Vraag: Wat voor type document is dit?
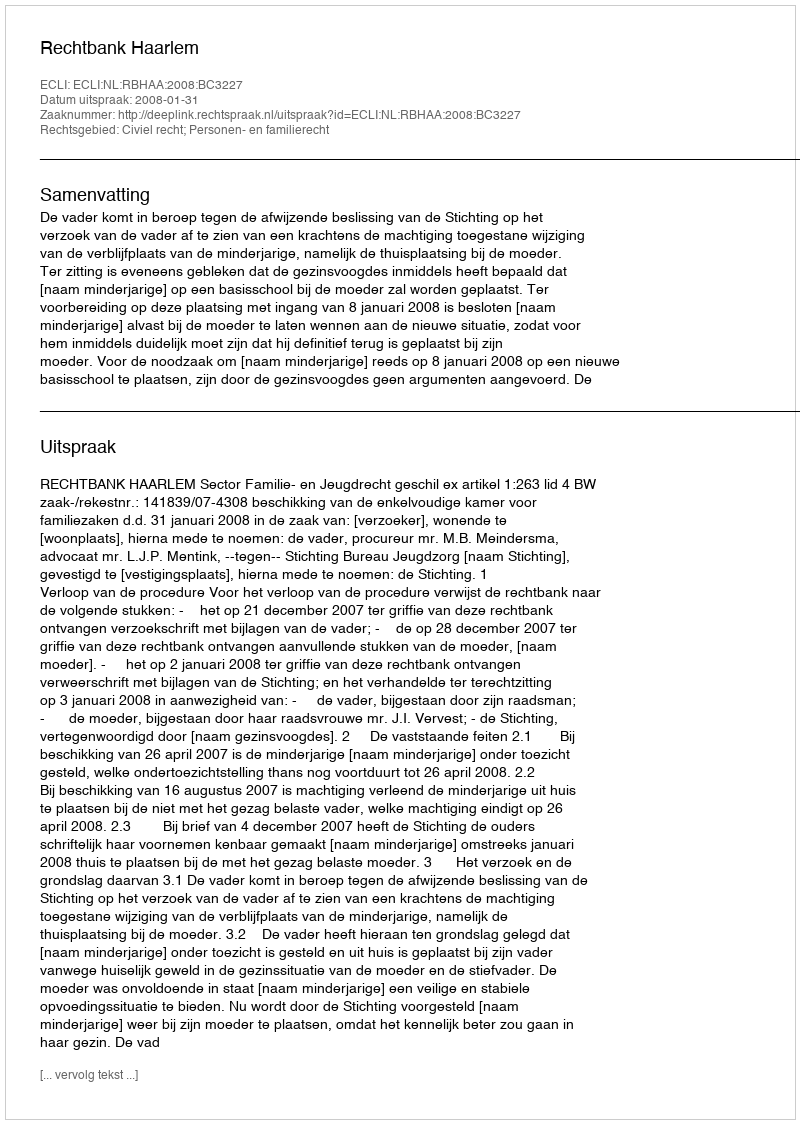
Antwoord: Uitspraak